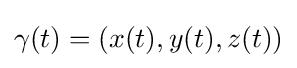
\gamma (t)=(x(t),y(t),z(t))